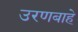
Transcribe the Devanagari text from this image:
उरणबाहे